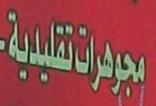
مجوهوات